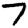
Digit: 7